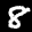
Label: 8